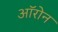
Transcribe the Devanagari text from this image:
ऑरोन